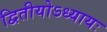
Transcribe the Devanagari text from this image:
द्वितीयोऽध्यायः